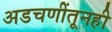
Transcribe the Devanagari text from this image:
अडचणींतूनही